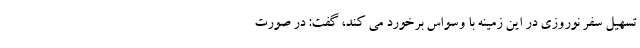
تسهیل سفر نوروزی در این زمینه با وسواس برخورد می کند، گفت: در صورت